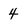
Character: 4